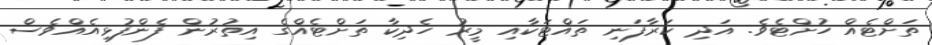
ތަށްޓެއް ހުށްޓެވެ. އަދި ކަރާފަނި ތައްޓަކާއި މީރު ހެދިކާ ތަށްޓެއްގެ އިތުރުން ފެންފުޅިއެއްވެސް